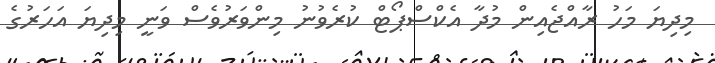
މިދިޔަ މަހު ރާއްޖެއިން މުދާ އެކްސްޕޯޓް ކުރެވުނު މިންވަރުވެސް ވަނީ މިދިޔަ އަހަރުގެ